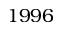
1 9 9 6